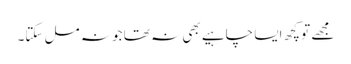
مجھے تو کچھ ایسا چاہیے بھی نہ تھا جو نہ مل سکتا۔